Document type: Barter
Year: 1304
Scribe: Pere Pometa
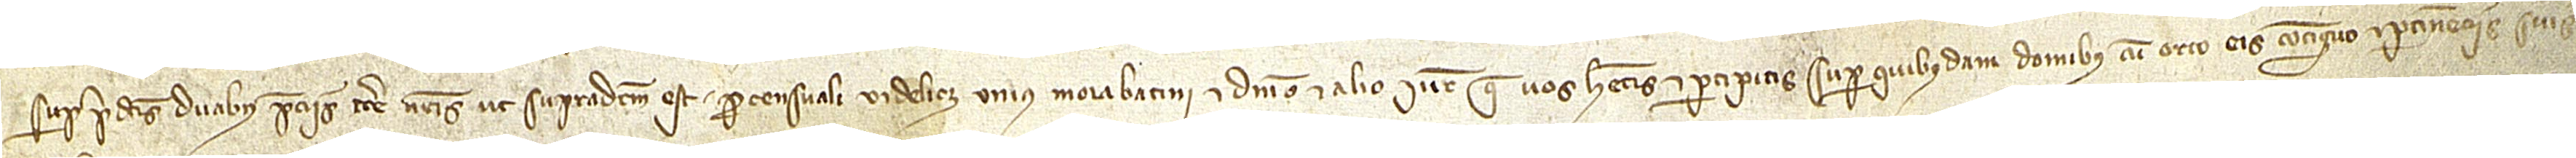
super predictis duabus peciis terre nostris, ut supradictum est, pro censuali videlicet unius morabatini et dominio et alio iure que vos habetis et percipitis super quibusdam domibus cum orto eis contiguo et pertinenciis suis